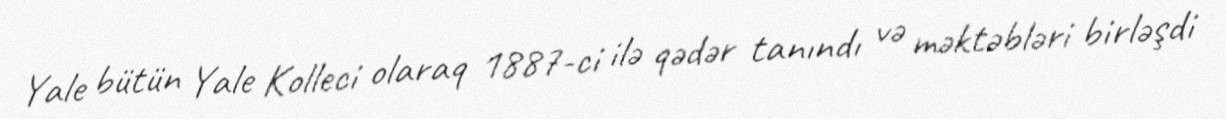
Yale bütün Yale Kolleci olaraq 1887-ci ilə qədər tanındı və məktəbləri birləşdi